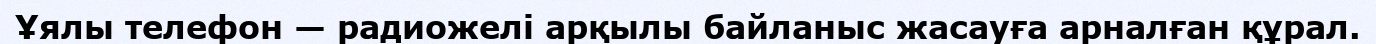
Ұялы телефон — радиожелі арқылы байланыс жасауға арналған құрал.